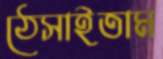
ঠেসাইতাম